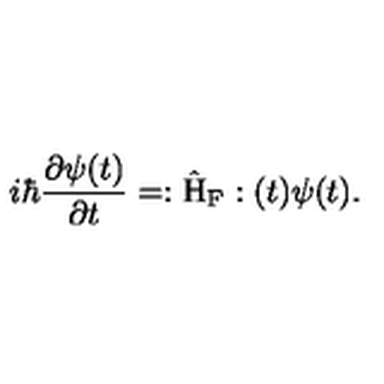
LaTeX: i \hbar \frac { \partial \psi ( t ) } { \partial t } = : \hat { \mathrm { H } } _ { \mathrm { F } } : ( t ) \psi ( t ) .